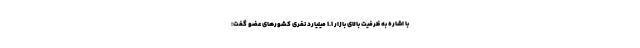
با اشاره به ظرفیت بالای بازار ۱.۱ میلیارد نفری کشور‌های عضو گفت: